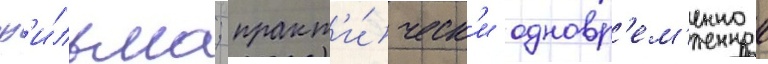
ф'и́льма; практ'и́ческ'и одновр'ем'енно к